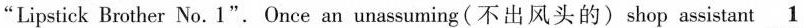
“Liptick Boher No. \underline{1}".Once an umassuming(不出风头的)shop assistant 1